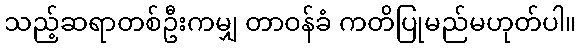
သည့်ဆရာတစ်ဦးကမျှ တာဝန်ခံ ကတိပြုမည်မဟုတ်ပါ။